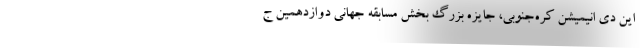
این دی انیمیشن کره‌جنوبی، جایزه بزرگ بخش مسابقه جهانی دوازدهمین ج